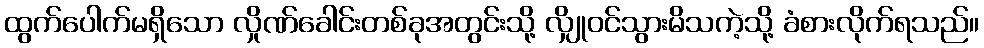
ထွက်ပေါက်မရှိသော လှိုဏ်ခေါင်းတစ်ခုအတွင်းသို့ လျှိုဝင်သွားမိသကဲ့သို့ ခံစားလိုက်ရသည်။